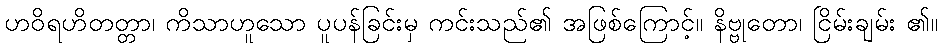
ဟဝိရဟိတတ္တာ၊ ကိသာဟူသော ပူပန်ခြင်းမှ ကင်းသည်၏ အဖြစ်ကြောင့်။ နိဗ္ဗုတော၊ ငြိမ်းချမ်း ၏။